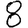
Digit: 8